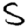
Digit: 5